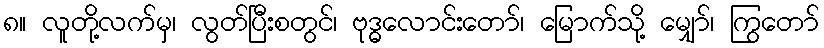
၈။ လူတို့လက်မှ၊ လွတ်ပြီးစတွင်၊ ဗုဒ္ဓလောင်းတော်၊ မြောက်သို့ မျှော်၊ ကြွတော်